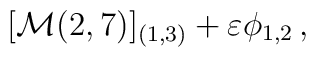
[{\cal M}(2,7)]_{(1,3)} + \varepsilon  \phi_{1,2}\, ,